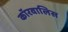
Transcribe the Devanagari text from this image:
कॉरवालिस